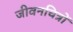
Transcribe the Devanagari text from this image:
जीवनचित्रों